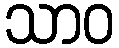
သာဝ